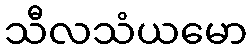
သီလသံယမော